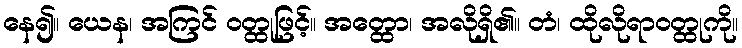
နေ၍။ ယေန၊ အကြင် ဝတ္ထုဖြင့်။ အတ္ထော၊ အလိုရှိ၏။ တံ၊ ထိုလိုရာဝတ္ထုကို။